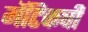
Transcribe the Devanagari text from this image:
मॅटिकची